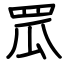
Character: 罛